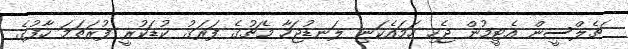
ޗެލްސީން އެޓީމުން ޖެހި ހަމައެކަނި ލަނޑުޖަހާ މެޗުގެ ފަރަގު ކުޑަކުރީ ފުރަތަމަ ހާފުގެ